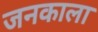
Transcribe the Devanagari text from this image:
जनकाला